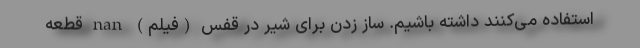
استفاده می‌کنند داشته باشیم. ساز زدن برای شیر در قفس (فیلم) nan قطعه